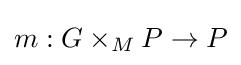
m:G\times _{M}P\to P